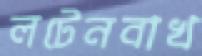
লটেনবাখ